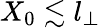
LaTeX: X_{0}\lesssim l_{\perp}